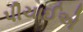
પીચાઈએ